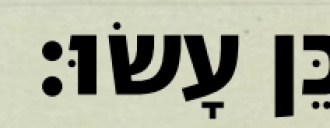
כֵּן עָשׂוּ׃